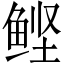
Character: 鲣